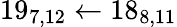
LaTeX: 19_{7,12}\leftarrow 18_{8,11}